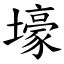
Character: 壕